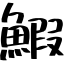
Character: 鰕